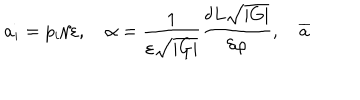
a _ { i } = p _ { i } / \varepsilon , \quad \alpha = \frac 1 { \varepsilon \sqrt { \left| G \right| } } \frac { \delta L \sqrt { \left| G \right| } } { \delta \varphi } , \quad \overline { { { a } } }